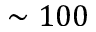
\sim 1 0 0